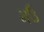
મઉ